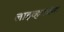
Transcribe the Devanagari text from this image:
लाइव्हब्लॉग्स